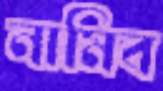
নামিব